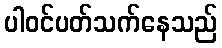
ပါဝင်ပတ်သက်နေသည်